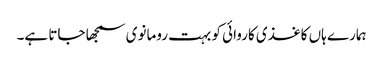
ہمارے ہاں کاغذی کاروائی کو بہت رومانوی سمجھا جاتا ہے۔